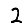
Digit: 2